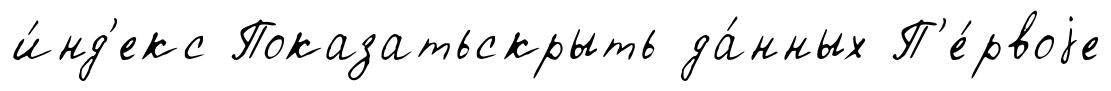
и́нд'екс Показатьскрыть да́нных П'е́рвоjе